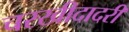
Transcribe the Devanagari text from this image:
चरखीदादरी